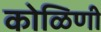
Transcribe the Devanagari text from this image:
कोळिणी